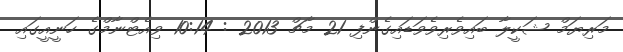
މަރިޔަމް ޝަކީލާ ބައިވެރިވެވަޑައިގެންފި 21 މާޗް 2013 : 10:14 ވިއެޓްނާމްގެ ހަނީއީގައި